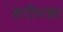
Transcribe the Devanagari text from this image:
शरीरका